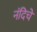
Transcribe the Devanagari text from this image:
नंदिचे